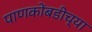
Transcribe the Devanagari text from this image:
पाणकोंबडीच्या